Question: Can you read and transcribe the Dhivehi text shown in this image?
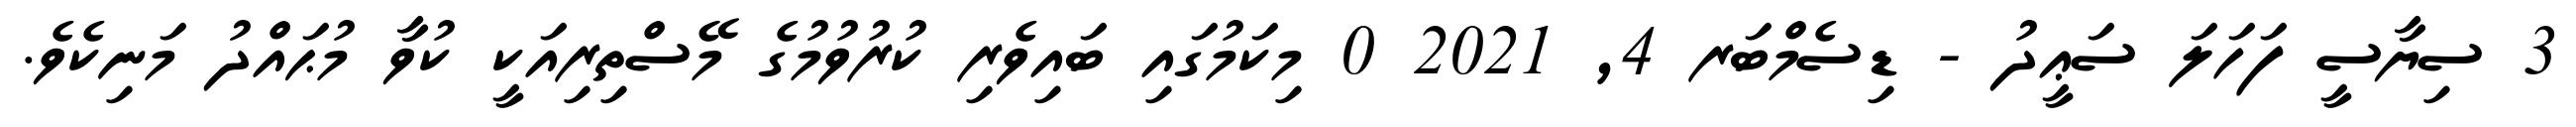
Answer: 3 ސިޔާސީ ފަހަލަ ސަޢީދު - ޑިސެމްބަރ 4, 2021 0 މިކަމުގައި ބައިވެރި ކުރުވުމުގެ މޭސްތިރިއަކީ ކުވާ މުޙައްދު މަނިކެވެ.